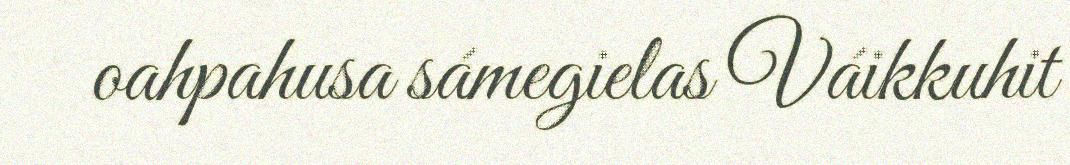
oahpahusa sámegielas Váikkuhit